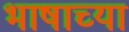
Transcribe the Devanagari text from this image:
भाषाच्या